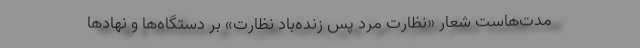
مدت‌هاست شعار «نظارت مرد پس زنده‌باد نظارت» بر دستگاه‌ها و نهادها